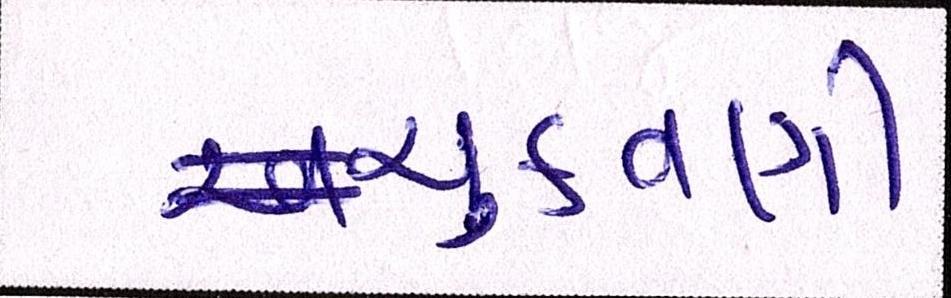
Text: ચુકવણી